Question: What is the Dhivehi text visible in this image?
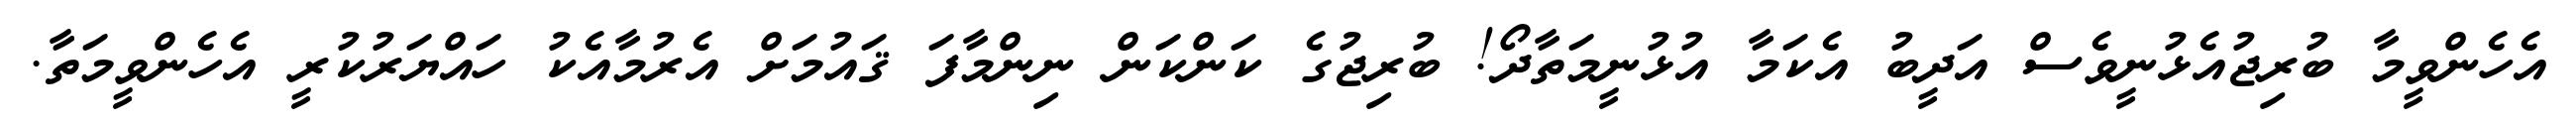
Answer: އެހެންވީމާ ބުރިޖުއެޅުނީވެސް އަދީބު އެކަމާ އުޅުނީމަތާދޯ! ބުރިޖުގެ ކަންކަން ނިންމާފަ ޤައުމަށް އެރުމާއެކު ހައްޔަރުކުރީ އެހެންވީމަތާ.